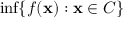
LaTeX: \operatorname* { i n f } \{ f ( \mathbf { x } ) : \mathbf { x } \in C \}